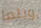
ويلما